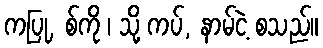
ကပြု, စ်ကို ၊ သို့ ကပ်, နာမ်ငဲ့ စသည်။